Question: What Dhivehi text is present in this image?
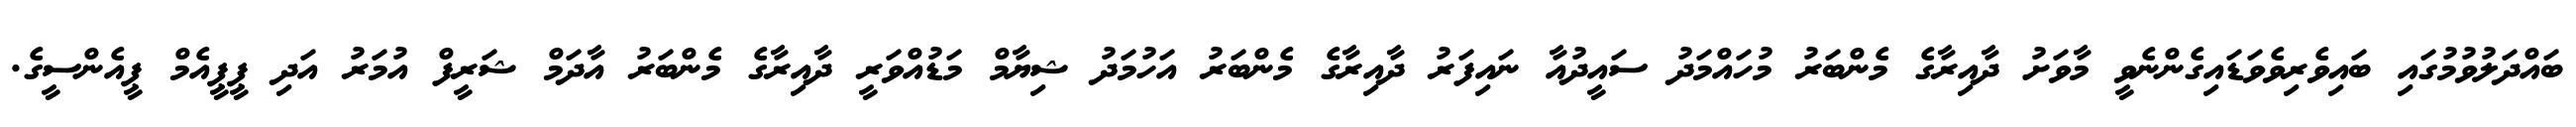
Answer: ބައްދަލުވުމުގައި ބައިވެރިވެވަޑައިގެންނެވީ މާވަށު ދާއިރާގެ މެންބަރު މުހައްމަދު ސައީދުއާ ނައިފަރު ދާއިރާގެ މެންބަރު އަހުމަދު ޝިޔާމް މަޑުއްވަރީ ދާއިރާގެ މެންބަރު އާދަމް ޝަރީފް އުމަރު އަދި ޕީޕީއެމް ޕީއެންސީގެ.